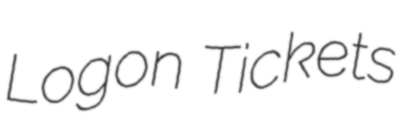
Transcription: Logon Tickets